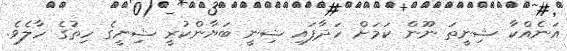
އަނެއްކާ ޝިނީތަ ނޫން ކަމަށް ހަދާފައި ޝިނީ ބަޔާންކުރީ ޝިނީގެ ހިތުގެ ހާލެވެ.